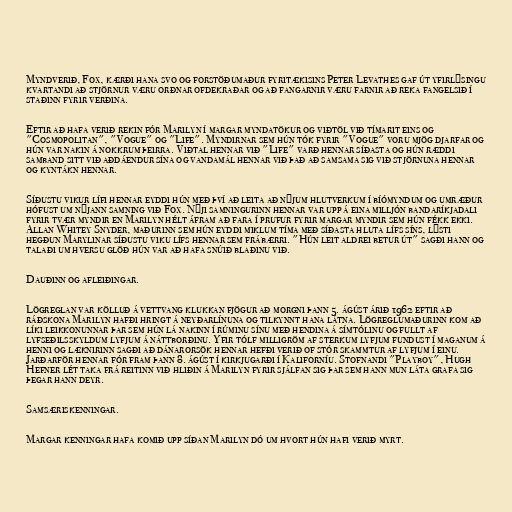
Myndverið, Fox, kærði hana svo og forstöðumaður fyritækisins Peter Levathes gaf út yfirlýsingu
kvartandi að stjörnur væru orðnar ofdekraðar og að fangarnir væru farnir að reka fangelsið í
staðinn fyrir verðina.

Eftir að hafa verið rekin fór Marilyn í margar myndatökur og viðtöl við tímarit eins og
"Cosmopolitan", "Vogue" og "Life". Myndirnar sem hún tók fyrir "Vogue" voru mjög djarfar og
hún var nakin á nokkrum þeirra. Viðtal hennar við "Life" varð hennar síðasta og hún ræddi
samband sitt við aðdáendur sína og vandamál hennar við það að samsama sig við stjörnuna hennar
og kyntákn hennar.

Síðustu vikur lífi hennar eyddi hún með því að leita að nýjum hlutverkum í bíómyndum og umræður
hófust um nýjann samning við Fox. Nýji samningurinn hennar var upp á eina milljón bandaríkjadali
fyrir tvær myndir en Marilyn hélt áfram að fara í prufur fyrir margar myndir sem hún fékk ekki.
Allan Whitey Snyder, maðurinn sem hún eyddi miklum tíma með síðasta hluta lífs síns, lýsti
hegðun Marylinar síðustu viku lífs hennar sem frábærri. "Hún leit aldrei betur út" sagði hann og
talaði um hversu glöð hún var að hafa snúið blaðinu við.

Dauðinn og afleiðingar.

Lögreglan var kölluð á vettvang klukkan fjögur að morgni þann 5. ágúst árið 1962 eftir að
ráðskona Marilyn hafði hringt á neyðarlínuna og tilkynnt hana látna. Lögreglumaðurinn kom að
líki leikkonunnar þar sem hún lá nakinn í rúminu sínu með hendina á símtólinu og fullt af
lyfseðilsskyldum lyfjum á náttborðinu. Yfir tólf milligröm af sterkum lyfjum fundust í maganum á
henni og læknirinn sagði að dánarorsök hennar hefði verið of stór skammtur af lyfjum í einu.
Jarðarför hennar fór fram þann 8. ágúst í kirkjugarði í Kaliforníu. Stofnandi "Playboy", Hugh
Hefner lét taka frá reitinn við hliðin á Marilyn fyrir sjálfan sig þar sem hann mun láta grafa sig
þegar hann deyr.

Samsæriskenningar.

Margar kenningar hafa komið upp síðan Marilyn dó um hvort hún hafi verið myrt.